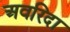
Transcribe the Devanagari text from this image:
अवरिदा